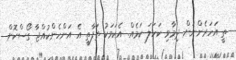
ތީ އަަހަރެންނަށް ދިމާވި ކަހަލަ ކަމެއް. އެކަމަކު ތަފާތީ އެ އަންހެންކުއްޖާ ގޯސްކޮށް